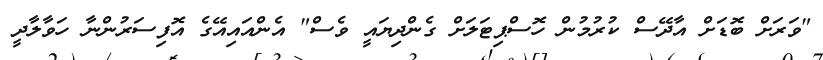
"ވަރަށް ބޮޑަށް އާދޭސް ކުރުމުން ހޮސްޕިޓަލަށް ގެންދިޔައީ ވެސް" އެންއައިއޭގެ އޮފިސަރުންނާ ހަވާލާދީ